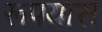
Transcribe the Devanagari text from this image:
रूपयास